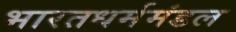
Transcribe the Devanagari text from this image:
भारतधर्ममंडल